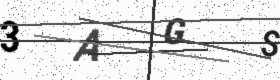
Text: 3AGS